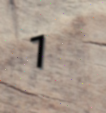
1